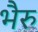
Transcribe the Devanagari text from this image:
भैरु